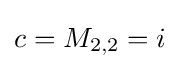
c=M_{2,2}=i